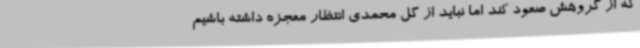
که از گروهش صعود کند اما نباید از گل محمدی انتظار معجزه داشته باشیم